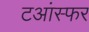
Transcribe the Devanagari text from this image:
टआंस्फर